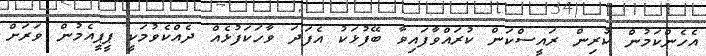
އެހެންކަމުން ކުރިން ރައީސްކަން ކުރައްވާފައިވާ ބޭފުޅަކު އެފަދަ ވާހަކަފުޅެއް ދެއްކެވުމަކީ ޕީޕީއެމުން ވަރަށް